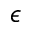
\epsilon